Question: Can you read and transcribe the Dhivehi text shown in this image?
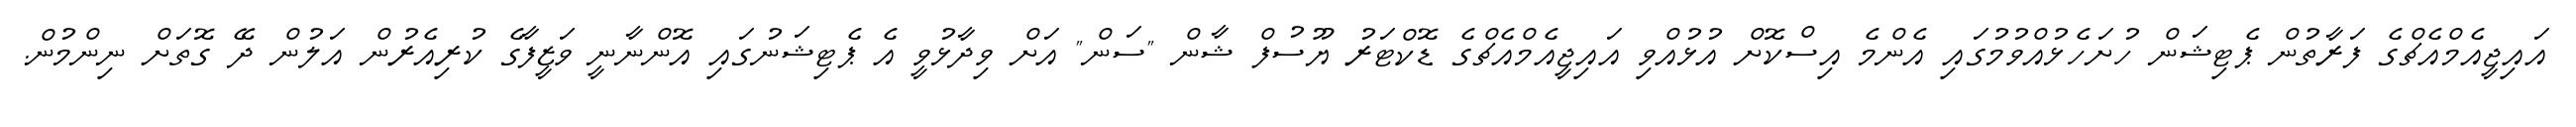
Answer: އައިޖީއެމްއެޗްގެ ފަރާތުން ޕެޓިޝަން ހުށަހެޅުއްވުމުގައި އެންމެ އިސްކޮށް އުޅުއްވި އައިޖީއެމްއެޗްގެ ޑޮކްޓަރު ޔޫސުފް ޝާން "ސަން" އަށް ވިދާޅުވީ އެ ޕެޓިޝަނުގައި އޮންނާނީ ވަޒީފާގެ ކުރިއެރުން އަލުން ދޭ ގޮތަށް ނިންމުން.